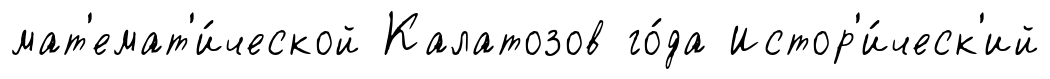
мат'емат'и́ческой Калатозов го́да Истор'и́ческ'ий